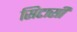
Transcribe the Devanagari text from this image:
सिटासी